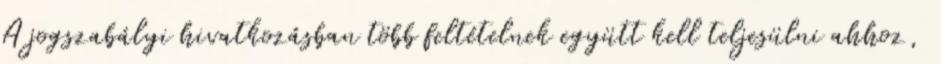
A jogszabályi hivatkozásban több feltételnek együtt kell teljesülni ahhoz,